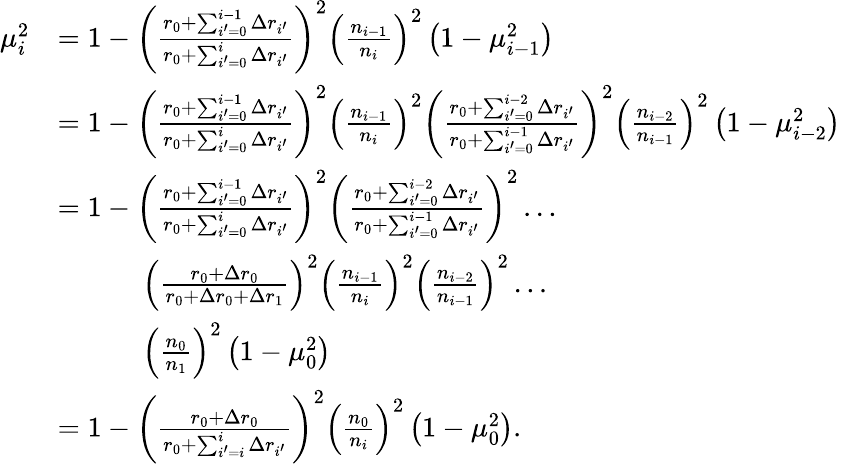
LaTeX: \begin{array}{rl}{\mu_{i}^{2}}&{=1-\left(\frac{r_{0}+\sum_{i^{\prime}=0}^{i-1}\Delta r_{i^{\prime}}}{r_{0}+\sum_{i^{\prime}=0}^{i}\Delta r_{i^{\prime}}}\right)^{2}\left(\frac{n_{i-1}}{n_{i}}\right)^{2}\left(1-\mu_{i-1}^{2}\right)}\\ &{=1-\left(\frac{r_{0}+\sum_{i^{\prime}=0}^{i-1}\Delta r_{i^{\prime}}}{r_{0}+\sum_{i^{\prime}=0}^{i}\Delta r_{i^{\prime}}}\right)^{2}\left(\frac{n_{i-1}}{n_{i}}\right)^{2}\left(\frac{r_{0}+\sum_{i^{\prime}=0}^{i-2}\Delta r_{i^{\prime}}}{r_{0}+\sum_{i^{\prime}=0}^{i-1}\Delta r_{i^{\prime}}}\right)^{2}\left(\frac{n_{i-2}}{n_{i-1}}\right)^{2}\left(1-\mu_{i-2}^{2}\right)}\\ &{=1-\left(\frac{r_{0}+\sum_{i^{\prime}=0}^{i-1}\Delta r_{i^{\prime}}}{r_{0}+\sum_{i^{\prime}=0}^{i}\Delta r_{i^{\prime}}}\right)^{2}\left(\frac{r_{0}+\sum_{i^{\prime}=0}^{i-2}\Delta r_{i^{\prime}}}{r_{0}+\sum_{i^{\prime}=0}^{i-1}\Delta r_{i^{\prime}}}\right)^{2}\dots}\\ &{\quad\quad\quad\left(\frac{r_{0}+\Delta r_{0}}{r_{0}+\Delta r_{0}+\Delta r_{1}}\right)^{2}\left(\frac{n_{i-1}}{n_{i}}\right)^{2}\left(\frac{n_{i-2}}{n_{i-1}}\right)^{2}\dots}\\ &{\quad\quad\quad\left(\frac{n_{0}}{n_{1}}\right)^{2}\left(1-\mu_{0}^{2}\right)}\\ &{=1-\left(\frac{r_{0}+\Delta r_{0}}{r_{0}+\sum_{i^{\prime}=i}^{i}\Delta r_{i^{\prime}}}\right)^{2}\left(\frac{n_{0}}{n_{i}}\right)^{2}\left(1-\mu_{0}^{2}\right).}\end{array}